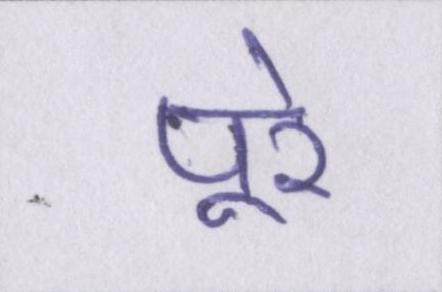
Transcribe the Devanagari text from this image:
पूरे